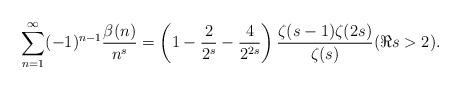
LaTeX: \begin{align*} \sum_{n=1}^{\infty} (-1)^{n-1} \frac{\beta(n)}{n^s} =\left(1-\frac{2}{2^s}-\frac{4}{2^{2s}}\right)\frac{\zeta(s-1)\zeta(2s)}{\zeta(s)} (\Re s>2).\end{align*}